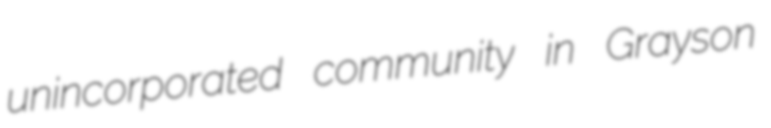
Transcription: unincorporated community in Grayson